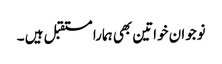
نوجوان خواتین بھی ہمارا مستقبل ہیں ۔